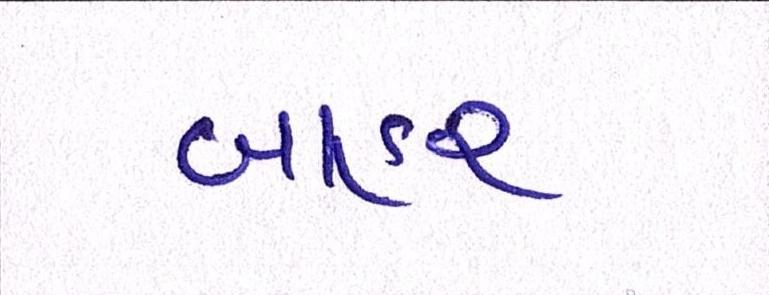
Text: બાહર